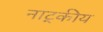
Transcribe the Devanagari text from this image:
नाट्कीय